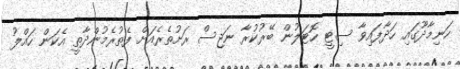
ހަނިމާދޫގައި ހަދާފައިވާ ސިޓީ ހޮޓަލުން ބޭރުކުރާ ނަޖިސް ރަށުތެރެއަށް ފެތުރެމުންދާތީ އެކަން ހައްލު